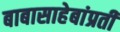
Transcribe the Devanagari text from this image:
बाबासाहेबांप्रती